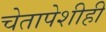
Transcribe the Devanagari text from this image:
चेतापेशीही